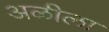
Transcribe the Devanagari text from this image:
अळीला